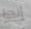
إنها